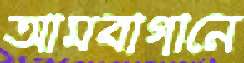
আমবাগানে